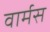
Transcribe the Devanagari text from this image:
वार्मस